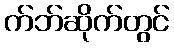
က်ဘ်ဆိုက်တွင်